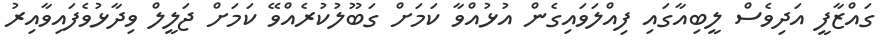
ގައްޒާފީ އަދިވެސް ލީބިއާގައި ފިއްލަވައިގެން އުޅުއްވާ ކަމަށް ގަބޫލުކުރެއްވޭ ކަމަށް ޖަލީލް ވިދާޅުވެފައިވާއިރު